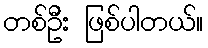
တစ်ဦး ဖြစ်ပါတယ်။